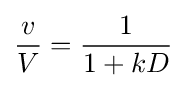
{\frac {v}{V}}={\frac {1}{1+kD}}